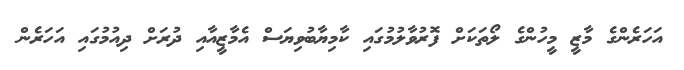
އަހަރެންގެ މާޒީ މީހުންގެ ލޯތަކަށް ފޮރުވާލުމުގައި ކާމިޔާބުވިޔަސް އެމާޒީއާއި ދުރަށް ދިއުމުގައި އަހަރެން